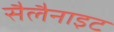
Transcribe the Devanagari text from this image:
सैलैनाइट